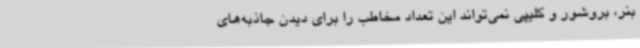
بنر، بروشور و کلیپی نمی‌تواند این تعداد مخاطب را برای دیدن جاذبه‌های